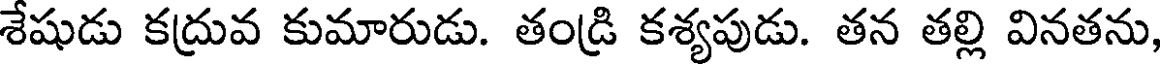
శేషుడు కద్రువ కుమారుడు. తండ్రి కశ్యపుడు. తన తల్లి వినతను,